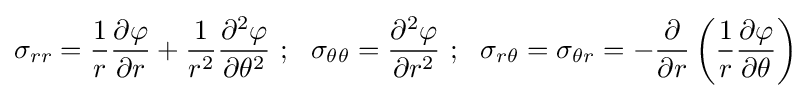
\sigma _{rr}={\frac {1}{r}}{\frac {\partial \varphi }{\partial r}}+{\frac {1}{r^{2}}}{\frac {\partial ^{2}\varphi }{\partial \theta ^{2}}}~;~~\sigma _{\theta \theta }={\frac {\partial ^{2}\varphi }{\partial r^{2}}}~;~~\sigma _{r\theta }=\sigma _{\theta r}=-{\frac {\partial }{\partial r}}\left({\frac {1}{r}}{\frac {\partial \varphi }{\partial \theta }}\right)